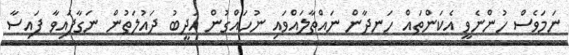
ނަމަވެސް ހުންނެވީ އެކަންތައް ހަނދާން ނައްތާލައްވައި ނުހައްގުން އަދީބު ދައުލަތުން ނަގާފައިވާ ފައިސާ